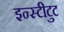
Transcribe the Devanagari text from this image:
इन्स्टीटुट